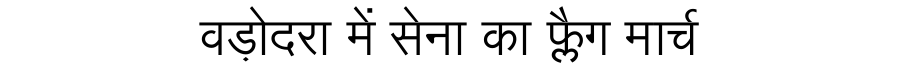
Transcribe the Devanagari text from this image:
वड़ोदरा में सेना का फ्लैग मार्च